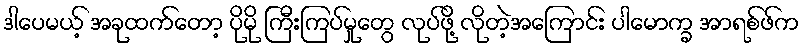
ဒါပေမယ့် အခုထက်တော့ ပိုမို ကြီးကြပ်မှုတွေ လုပ်ဖို့ လိုတဲ့အကြောင်း ပါမောက္ခ အာရစ်ဖ်က